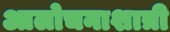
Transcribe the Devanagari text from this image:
आलोचनाशात्री